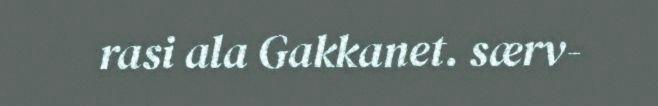
rasi ala Gakkanet. særv-